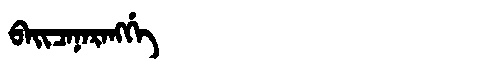
Manchu: ᠪᠠᡳᠴᠠᠨᠠᡵᠠᠩᡤᡝ
Romanization: BAICANARANGGE